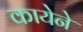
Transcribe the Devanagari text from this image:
कायेने